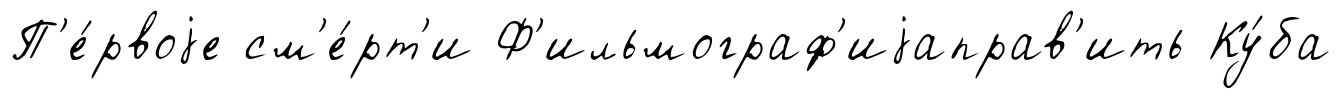
П'е́рвоjе см'е́рт'и Ф'ильмограф'иjаправ'ить Ку́ба